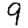
Digit: 9